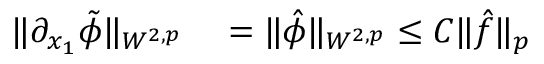
\begin{array} { r l } { \| \partial _ { x _ { 1 } } \tilde { \phi } \| _ { W ^ { 2 , p } } } & { { } = \| \hat { \phi } \| _ { W ^ { 2 , p } } \leq C \| \hat { f } \| _ { p } } \end{array}